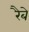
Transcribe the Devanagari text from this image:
रैबे